Scientific memoirs by medical officers of the Army of India - Part II,
Year: 1886
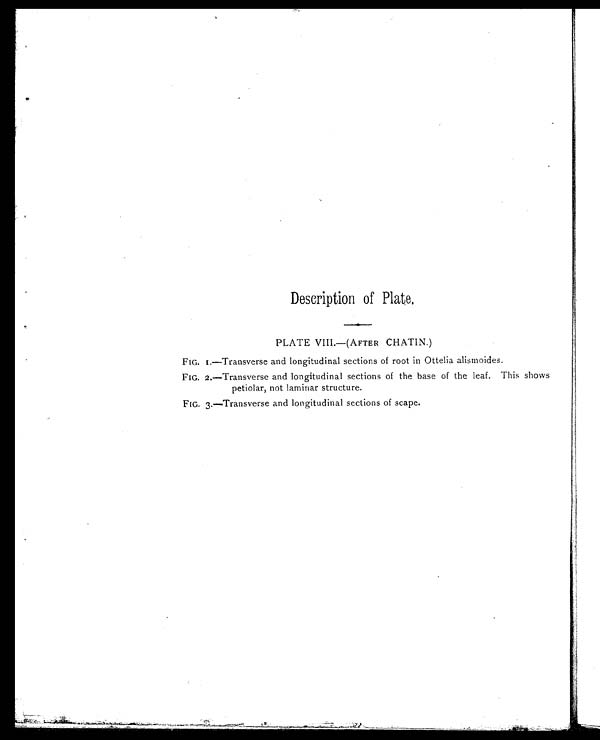
Description of Plate.
PLATE VIII.—(AFTER CHATIN.)
FIG. I.—Transverse and longitudinal sections of root in Ottelia alismoides.
FIG. 2.—Transverse and longitudinal sections of the base of the leaf. This shows
petiolar, not laminar structure.
FIG. 3.—Transverse and longitudinal sections of scape.